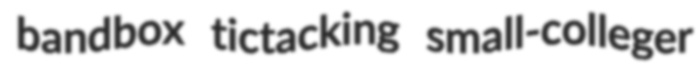
bandbox tictacking small-colleger